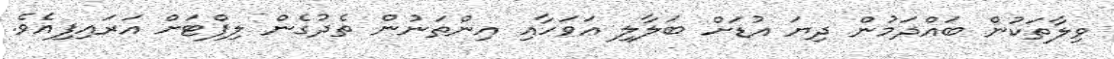
ވިލާތަކުން ބައްދަމުން ދިޔަ އުޑަށް ބަލާލި އަވަހާއި އިންތަނުން ތެދުގެން ލިފްޓަށް އަރައިފިއެވެ.